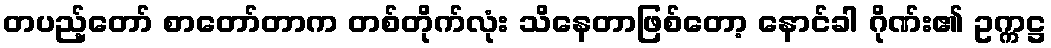
တပည့်တော် စာတော်တာက တစ်တိုက်လုံး သိနေတာဖြစ်တော့ နောင်ခါ ဂိုဏ်း၏ ဥက္ကဋ္ဌ